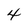
Character: 4